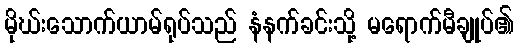
မိုဃ်းသောက်ယာမ်ရုပ်သည် နံနက်ခင်းသို့ မရောက်မီချုပ်၏